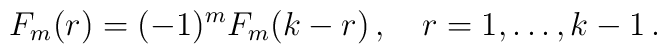
F_{m}(r)=(-1)^{m}F_{m}(k-r)\,,\quad r=1,\ldots ,k-1\,.